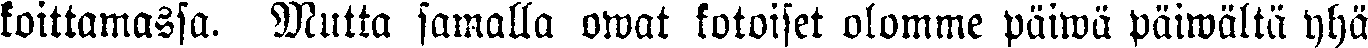
koittamassa. Mutta samalla owat kotoiset olomme päiwä päiwältä yhä